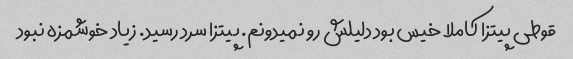
قوطی پیتزا کاملا خیس بود دلیلش رو نمیدونم. پیتزا سرد رسید. زیاد خوشمزه نبود